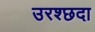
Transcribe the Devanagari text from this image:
उरश्छदा